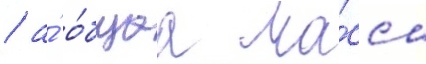
/ а́ о́бщаа ма́сса